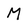
Character: M